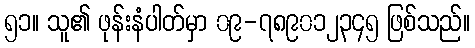
၅၁။ သူ၏ ဖုန်းနံပါတ်မှာ ၀၉-၇၈၉၀၁၂၃၄၅ ဖြစ်သည်။